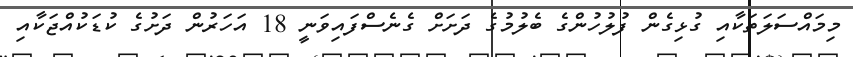
މިމައްސަލަތަކާއި ގުޅިގެން ފުލުހުންގެ ބެލުމުގެ ދަށަށް ގެނެސްފައިވަނީ 18 އަހަރުން ދަށުގެ ކުޑަކުއްޖަކާއި